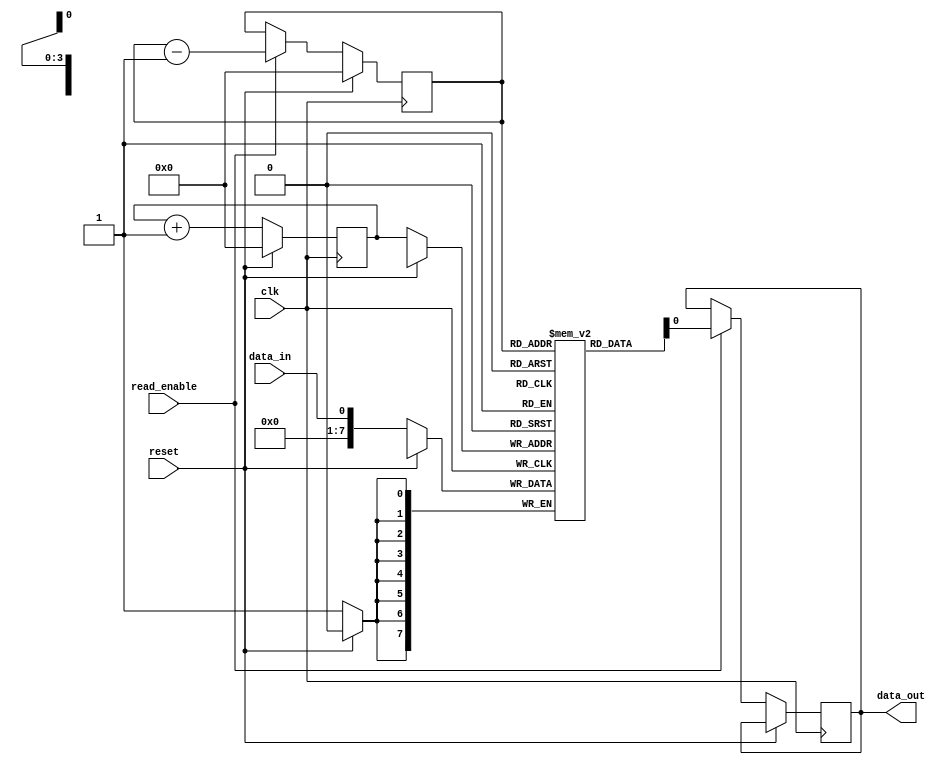
module lifo_block (
    input wire clk, // clock input
    input wire reset, // reset input
    input wire data_in, // data input
    input wire read_enable, // read enable signal
    output reg data_out // data output
);

reg [7:0] memory [0:15]; // register-based memory unit
reg [3:0] write_ptr, read_ptr; // write and read pointers

always @ (posedge clk) begin
    if (reset) begin
        write_ptr <= 0; // reset write pointer
        read_ptr <= 0; // reset read pointer
    end else begin
        if (read_enable) begin
            data_out <= memory[read_ptr]; // read data from memory
            read_ptr <= read_ptr - 1; // decrement read pointer
        end

        memory[write_ptr] <= data_in; // write data to memory
        write_ptr <= write_ptr + 1; // increment write pointer
    end
end

endmodule